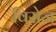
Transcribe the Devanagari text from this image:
विसेज